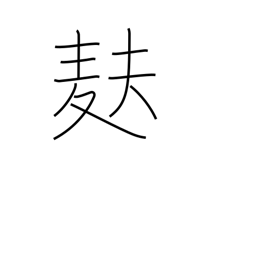
Meaning: light wheat-gluten bread